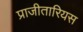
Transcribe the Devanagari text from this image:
प्राजीतारियस